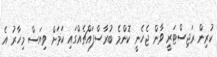
ކުރިން ރަޖިސްޓަރީ ވާން ޖެހެނީ ކޮންމެ ބުރާސްފައްޗެއްގައި ކަމަށް ވިޔަސް މިހާރު އެ